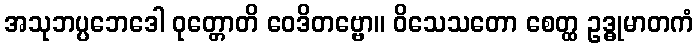
အသုဘပ္ပဘေဒေါ ဝုတ္တောတိ ဝေဒိတဗ္ဗော။ ဝိသေသတော စေတ္ထ ဥဒ္ဓုမာတကံ